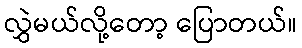
လွှဲမယ်လို့တော့ ပြောတယ်။